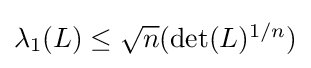
{\textstyle \lambda _{1}(L)\leq {\sqrt {n}}({\text{det}}(L)^{1/n})}